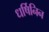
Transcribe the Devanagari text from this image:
धर्षिनिन